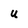
Character: u